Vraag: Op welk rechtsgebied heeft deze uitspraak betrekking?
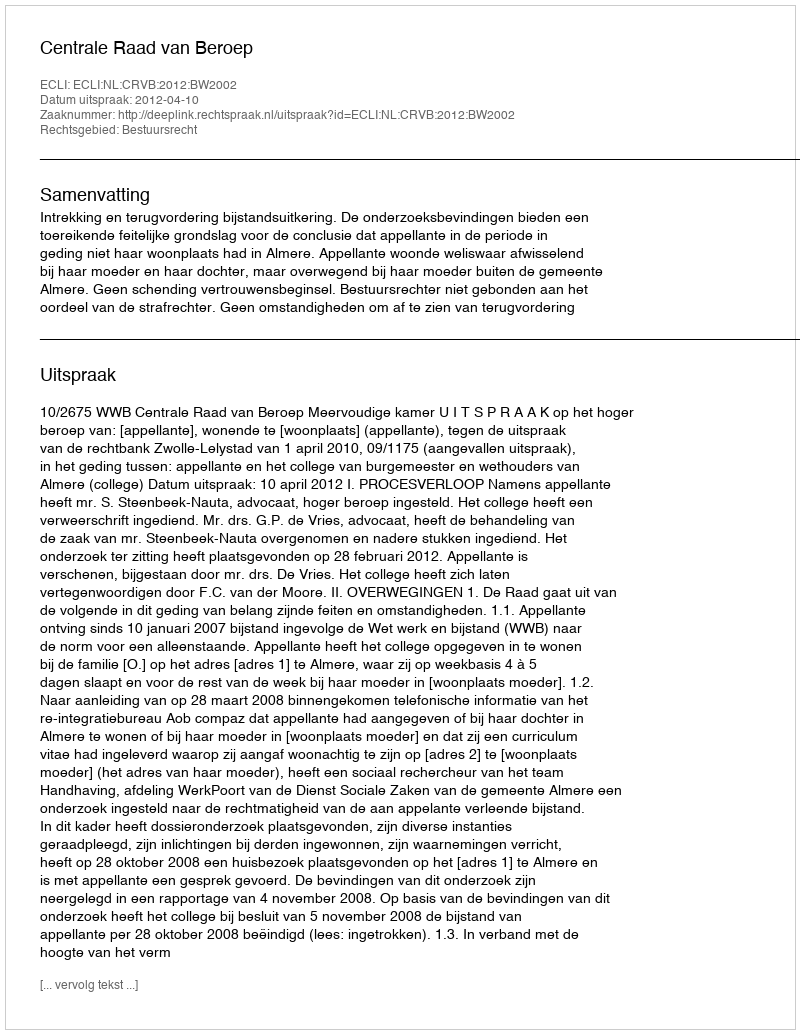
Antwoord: Bestuursrecht